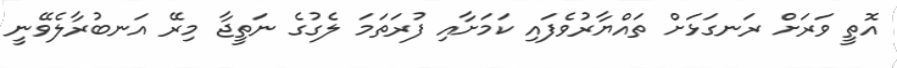
އޮތީ ވަރަށް ރަނގަޅަށް ތައްޔާރުވެފައި ކަމަށާއި ފުރަތަމަ ލެގުގެ ނަތީޖާ މިރޭ އަނބުރާލެވޭނީ